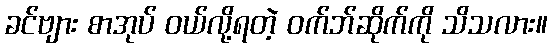
ခင်ဗျား စာအုပ် ဝယ်လို့ရတဲ့ ဝက်ဘ်ဆိုက်ကို သိသလား။